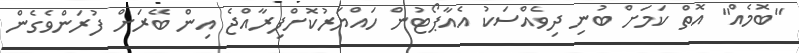
"ބޮމެއް" އޮތް ކަމަށް ބުނި ދިވެއްސަކު އެއާޕޯޓުން ހައްޔަރުކޮށްފިރާއްޖެ އިން ބޭރަށް ފުރަންވެގެން